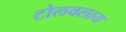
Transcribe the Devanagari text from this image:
टोलवलाय